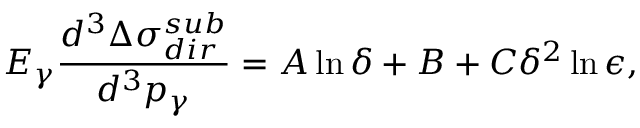
E _ { \gamma } \frac { d ^ { 3 } \Delta \sigma _ { d i r } ^ { s u b } } { d ^ { 3 } p _ { \gamma } } = A \ln \delta + B + C \delta ^ { 2 } \ln \epsilon ,